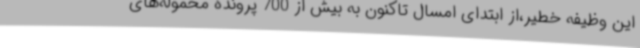
این وظیفه خطیر،از ابتدای امسال تاکنون به بیش از 700 پرونده محموله‌های